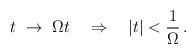
LaTeX: \begin{align*} t\ \rightarrow\ \Omega t \quad \Rightarrow \quad |t| < \frac{1}{\Omega}\,.\end{align*}